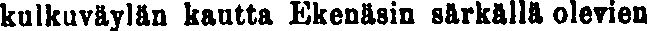
kulkuväylän kautta Ekenäsin särkällä olevien